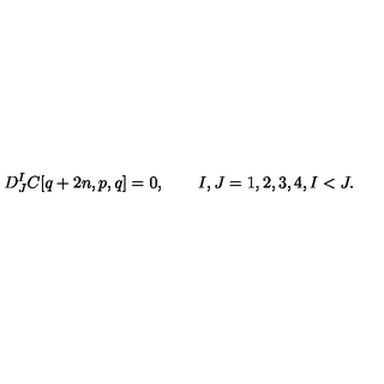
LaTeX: D _ { J } ^ { I } C [ q + 2 n , p , q ] = 0 , \qquad I , J = 1 , 2 , 3 , 4 , I < J .